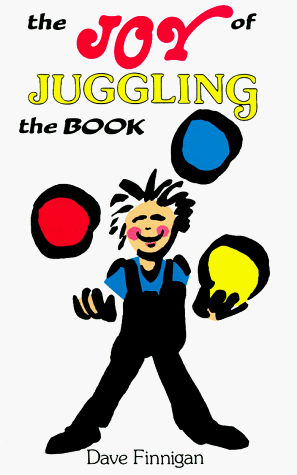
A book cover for The Joy of Juggling; Dave Finnigan; Sports & Outdoors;